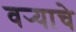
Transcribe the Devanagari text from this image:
वर्‍याचे